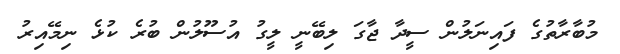
މުބާރާތުގެ ފައިނަލުން ސީދާ ޖާގަ ލިބޭނީ ލީގު އުސޫލުން ބުރެ ކުޅެ ނިމޭއިރު